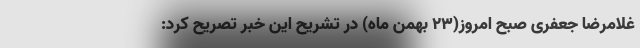
غلامرضا جعفری صبح امروز(۲۳ بهمن ماه) در تشریح این خبر تصریح کرد: